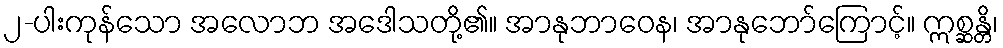
၂-ပါးကုန်သော အလောဘ အဒေါသတို့၏။ အာနုဘာဝေန၊ အာနုဘော်ကြောင့်။ ဣစ္ဆန္တိ၊